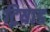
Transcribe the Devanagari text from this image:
ट्रियाड